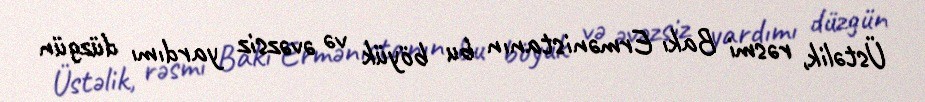
Üstəlik, rəsmi Bakı Ermənistanın bu böyük və əvəzsiz yardımı düzgün